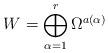
LaTeX: \begin{align*}W = \bigoplus_{\alpha=1}^r \Omega^{a(\alpha)} \end{align*}